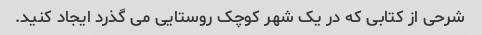
شرحی از کتابی که در یک شهر کوچک روستایی می گذرد ایجاد کنید.